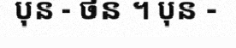
ប៊ុន - ថន ។ ប៊ុន -